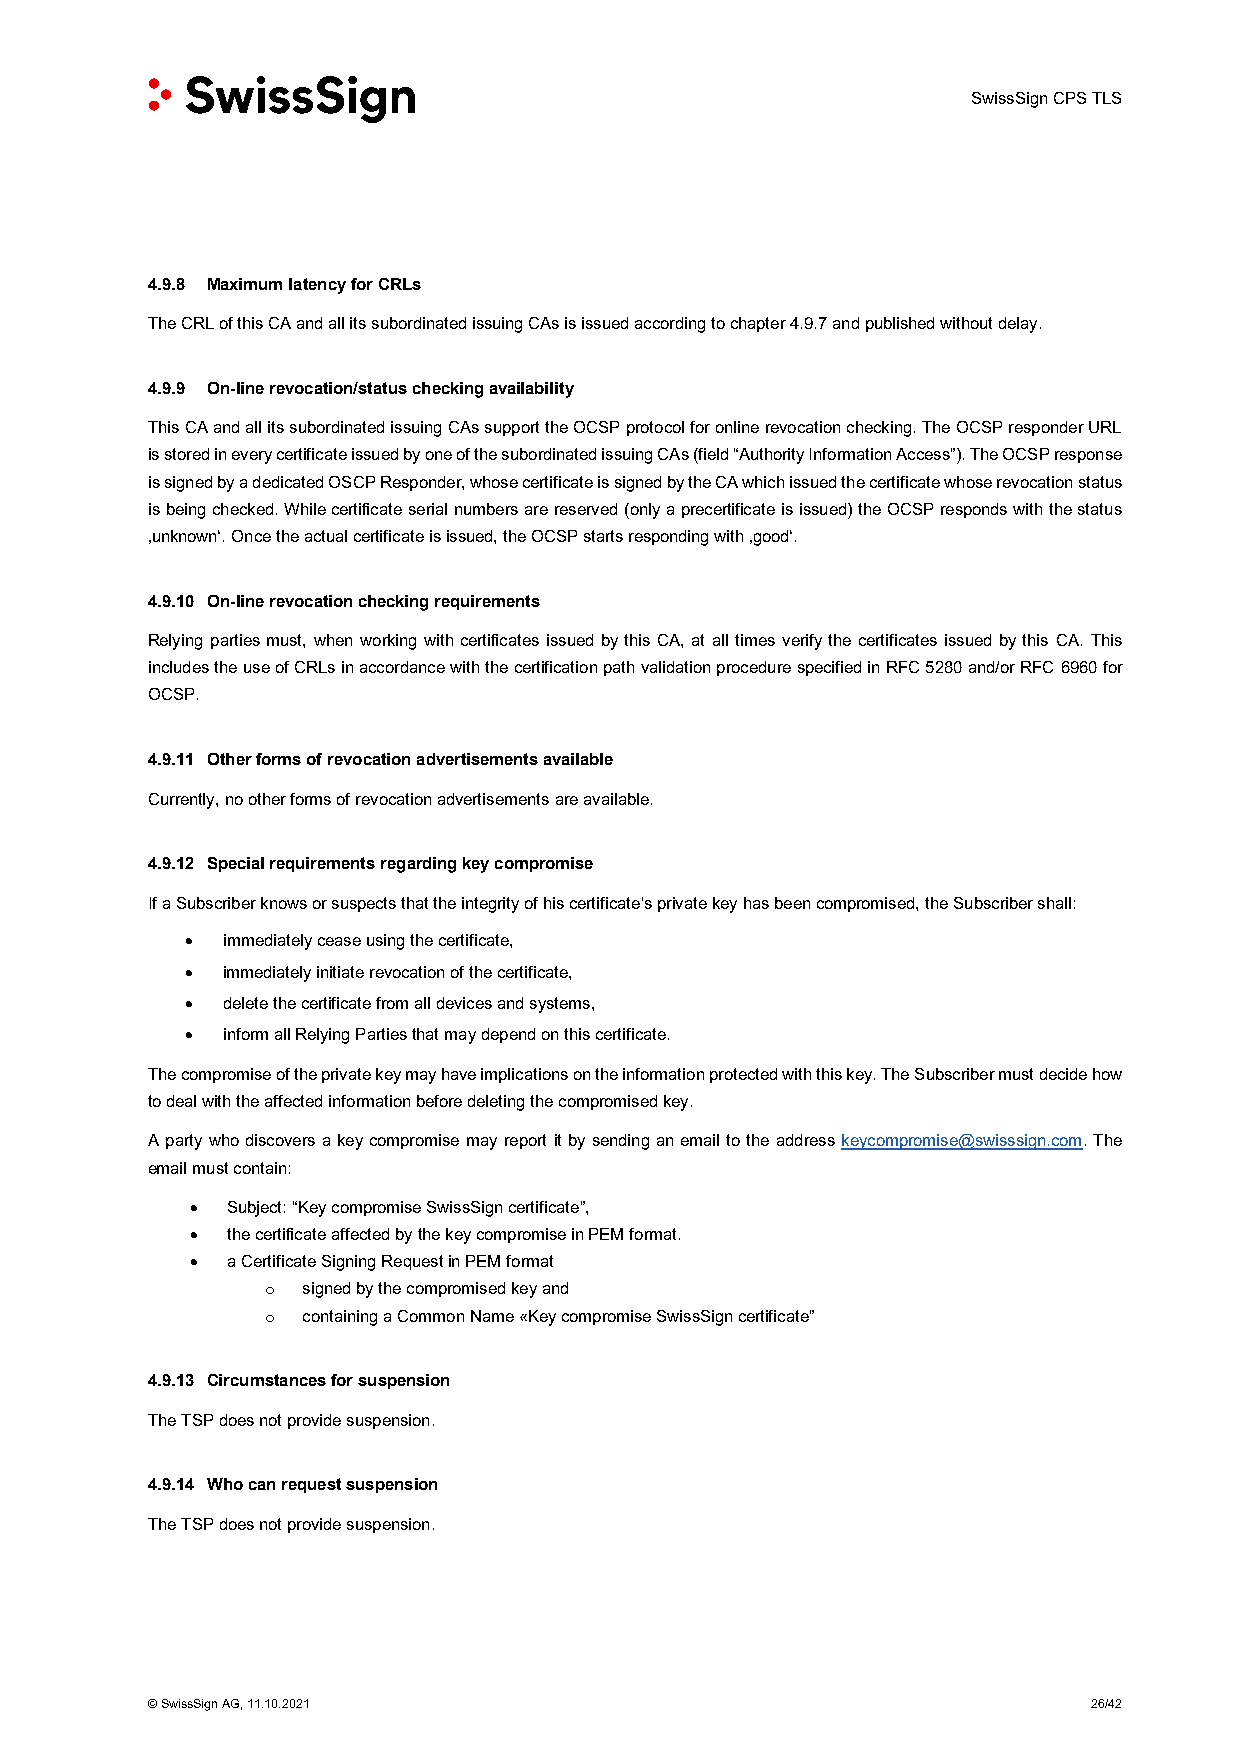
SwissSign CPS TLS
 4.9.8 Maximum latency for CRLs
 The CRL of this CA and all its subordinated issuing CAs is issued according to chapter 4.9.7 and published without delay.
 4.9.9 On-line revocation/status checking availability
 This CA and all its subordinated issuing CAs support the OCSP protocol for online revocation checking. The OCSP responder URL
 is stored in every certificate issued by one of the subordinated issuing CAs (field “Authority Information Access”). The OCSP response
 is signed by a dedicated OSCP Responder, whose certificate is signed by the CA which issued the certificate whose revocation status
 is being checked. While certificate serial numbers are reserved (only a precertificate is issued) the OCSP responds with the status
 ‚unknown‘. Once the actual certificate is issued, the OCSP starts responding with ‚good‘.
 4.9.10 On-line revocation checking requirements
 Relying parties must, when working with certificates issued by this CA, at all times verify the certificates issued by this CA. This
 includes the use of CRLs in accordance with the certification path validation procedure specified in RFC 5280 and/or RFC 6960 for
 OCSP.
 4.9.11 Other forms of revocation advertisements available
 Currently, no other forms of revocation advertisements are available.
 4.9.12 Special requirements regarding key compromise
 If a Subscriber knows or suspects that the integrity of his certificate's private key has been compromised, the Subscriber shall:
 •  immediately cease using the certificate,
 •  immediately initiate revocation of the certificate,
 •  delete the certificate from all devices and systems,
 •  inform all Relying Parties that may depend on this certificate.
 The compromise of the private key may have implications on the information protected with this key. The Subscriber must decide how
 to deal with the affected information before deleting the compromised key.
 A party who discovers a key compromise may report it by sending an email to the address keycompromise@swisssign.com. The
 email must contain:
 • Subject: “Key compromise SwissSign certificate”,
 • the certificate affected by the key compromise in PEM format.
 • a Certificate Signing Request in PEM format
 o signed by the compromised key and
 o containing a Common Name «Key compromise SwissSign certificate”
 4.9.13 Circumstances for suspension
 The TSP does not provide suspension.
 4.9.14 Who can request suspension
 The TSP does not provide suspension.
 © SwissSign AG, 11.10.2021                                    26/42